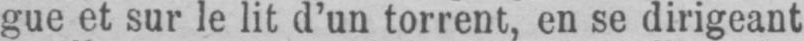
gue et sur le lit d’un torrent, en se dirigeant